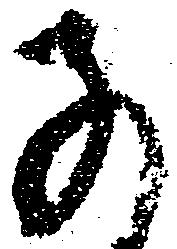
子